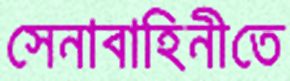
সেনাবাহিনীতে